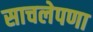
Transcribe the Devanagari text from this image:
साचलेपणा